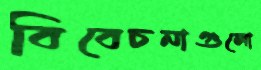
বিবেচনাগুলো